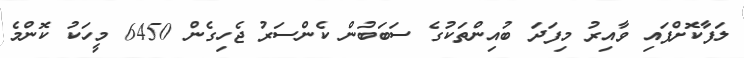
ލަފާކޮށްފައި ވާއިރު މިފަދަ ބުއިންތަކުގެ ސަބަބުން ކެންސަރު ޖެހިގެން 6450 މީހަކު ކޮންމެ